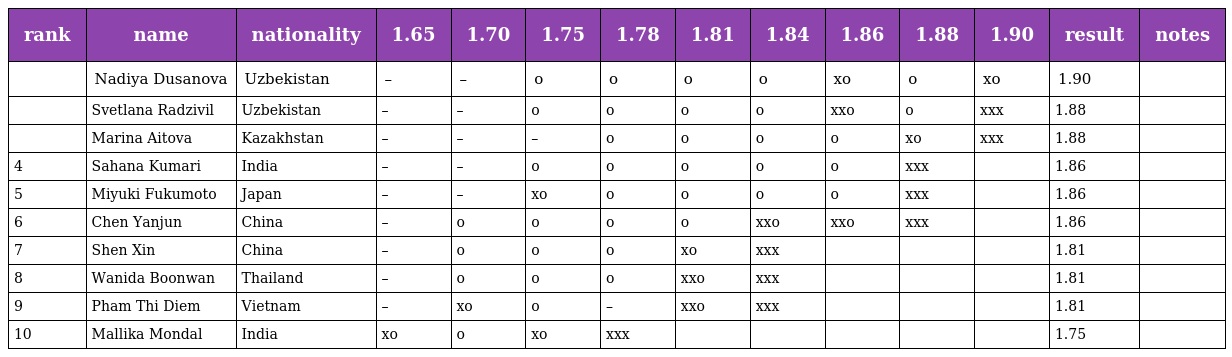
| rank | name | nationality | 1.65 | 1.70 | 1.75 | 1.78 | 1.81 | 1.84 | 1.86 | 1.88 | 1.90 | result | notes |
 | --- | --- | --- | --- | --- | --- | --- | --- | --- | --- | --- | --- | --- | --- |
 |  | Nadiya Dusanova | Uzbekistan | – | – | o | o | o | o | xo | o | xo | 1.90 |  |
 |  | Svetlana Radzivil | Uzbekistan | – | – | o | o | o | o | xxo | o | xxx | 1.88 |  |
 |  | Marina Aitova | Kazakhstan | – | – | – | o | o | o | o | xo | xxx | 1.88 |  |
 | 4 | Sahana Kumari | India | – | – | o | o | o | o | o | xxx |  | 1.86 |  |
 | 5 | Miyuki Fukumoto | Japan | – | – | xo | o | o | o | o | xxx |  | 1.86 |  |
 | 6 | Chen Yanjun | China | – | o | o | o | o | xxo | xxo | xxx |  | 1.86 |  |
 | 7 | Shen Xin | China | – | o | o | o | xo | xxx |  |  |  | 1.81 |  |
 | 8 | Wanida Boonwan | Thailand | – | o | o | o | xxo | xxx |  |  |  | 1.81 |  |
 | 9 | Pham Thi Diem | Vietnam | – | xo | o | – | xxo | xxx |  |  |  | 1.81 |  |
 | 10 | Mallika Mondal | India | xo | o | xo | xxx |  |  |  |  |  | 1.75 |  |